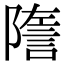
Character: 𧨧